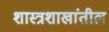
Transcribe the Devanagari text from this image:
शास्त्रशाखांतील